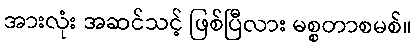
အားလုံး အဆင်သင့် ဖြစ်ပြီလား မစ္စတာစမစ်။